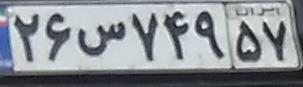
۲۶س۷۴۹۵۷